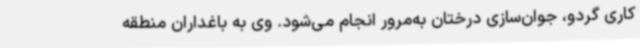
کاری گردو، جوان‌سازی درختان به‌مرور انجام می‌شود. وی به باغداران منطقه